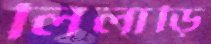
লিলাড়ি